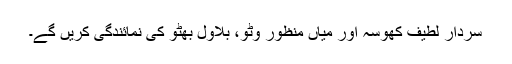
سردار لطیف کھوسہ اور میاں منظور وٹو، بلاول بھٹو کی نمائندگی کریں گے۔